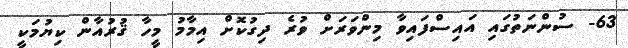
63- ސުންނަތުގައި އައިސްފައިވާ މިންވަރަށް ވުރެ ދިގުކޮށް އިމާމު މީހާ ޤުރުއާން ކިޔުމަކީ